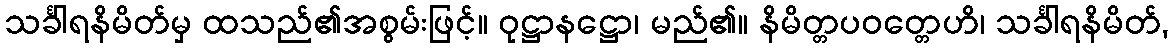
သင်္ခါရနိမိတ်မှ ထသည်၏အစွမ်းဖြင့်။ ဝုဋ္ဌာနဋ္ဌော၊ မည်၏။ နိမိတ္တပဝတ္တေဟိ၊ သင်္ခါရနိမိတ်,